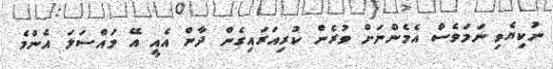
ނުކިޔެވި ނަމަވެސް އެމެންނަށް ވުރެން ކުރިއަރައިގެން ދާން އެއީ އޭ މައްސަލަ އެންމެ